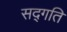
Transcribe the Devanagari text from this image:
सद्‍गति